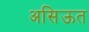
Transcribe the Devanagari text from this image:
असिऊत